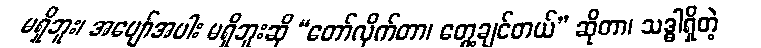
မရှိဘူး၊ အပျော်အပါး မရှိဘူးဆို “တော်လိုက်တာ၊ တွေ့ချင်တယ်” ဆိုတာ၊ သဒ္ဓါရှိတဲ့